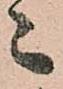
々